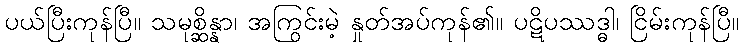
ပယ်ပြီးကုန်ပြီ။ သမုစ္ဆိန္နာ၊ အကြွင်းမဲ့ နှုတ်အပ်ကုန်၏။ ပဋိပဿဒ္ဓါ၊ ငြိမ်းကုန်ပြီ။